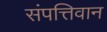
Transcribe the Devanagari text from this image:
संपत्तिवान